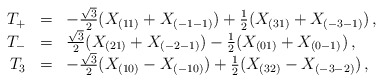
\begin{align*}\begin{array}{rcl}T_+ &=& -{\sqrt 3\over2}(X_{(11)}+X_{(-1-1)})+{1\over 2}(X_{(31)}+X_{(-3-1)})\,, \\T_- &=& {\sqrt3\over 2}(X_{(21)}+X_{(-2-1)})-{1\over2}(X_{(01)}+X_{(0-1)})\,, \\T_3 &=& -{\sqrt{3}\over 2}(X_{(10)}-X_{(-10)})+{1\over2}(X_{(32)}-X_{(-3-2)})\,, \end{array}\end{align*}